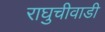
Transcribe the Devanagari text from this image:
राघुचीवाडी